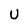
Character: U